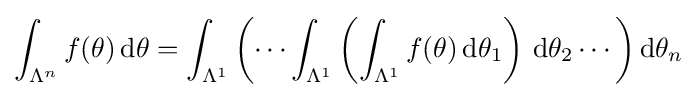
\int _{\Lambda ^{n}}f(\theta )\,\mathrm {d} \theta =\int _{\Lambda ^{1}}\left(\cdots \int _{\Lambda ^{1}}\left(\int _{\Lambda ^{1}}f(\theta )\,\mathrm {d} \theta _{1}\right)\,\mathrm {d} \theta _{2}\cdots \right)\mathrm {d} \theta _{n}